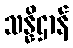
သန္နိဌာန်